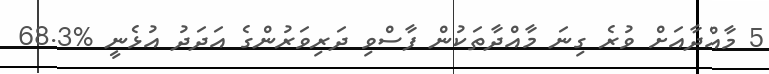
5 މާއްދާއަށް ވުރެ ގިނަ މާއްދާތަކުން ފާސްވި ދަރިވަރުންގެ އަދަދު އުޅެނީ %68.3